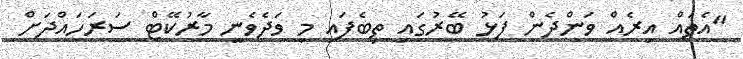
"އެތައް އިރެއް ވަންދެން ފަޅު ބޭރުގައި ތިބެފައި މި ވަދެވެނީ މާރުކޭޓް ސަރަހައްދަށް